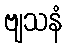
ဗျသနံ